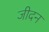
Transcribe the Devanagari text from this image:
जीदन